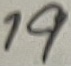
Text: 19